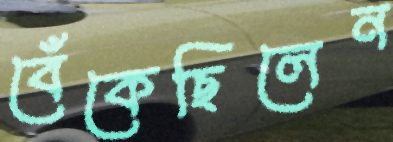
বেঁকেছিলেন